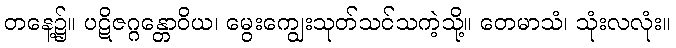
တနေ့၌။ ပဋိဇဂ္ဂန္တောဝိယ၊ မွေးကျွေးသုတ်သင်သကဲ့သို့။ တေမာသံ၊ သုံးလလုံး။